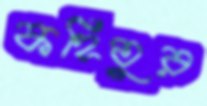
কহিতুর